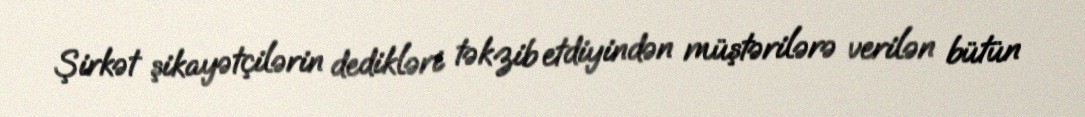
Şirkət şikayətçilərin dedikləri təkzib etdiyindən müştərilərə verilən bütün